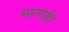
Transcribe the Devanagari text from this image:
माताही